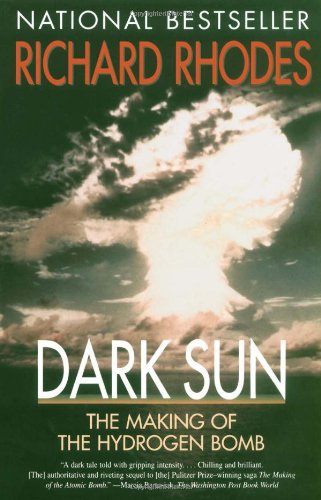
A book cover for Dark Sun: The Making of the Hydrogen Bomb; Richard Rhodes; History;